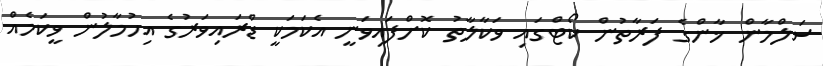
ސަލްމާން ޚާންގެ ފަރާތުން ކޯޓްގައި ވަކާލާތު ކޮށްފައިވަނީ އެކަމަކީ ޑްރައިވަރުގެ އިހުމާލުން ވީކަމެއް